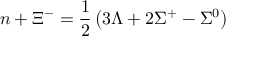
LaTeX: n + \Xi ^ { - } = \frac { 1 } { 2 } \left( 3 \Lambda + 2 \Sigma ^ { + } - \Sigma ^ { 0 } \right)